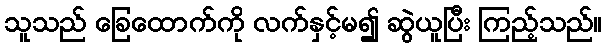
သူသည် ခြေထောက်ကို လက်နှင့်မ၍ ဆွဲယူပြီး ကြည့်သည်။